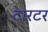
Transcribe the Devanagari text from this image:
टारटर